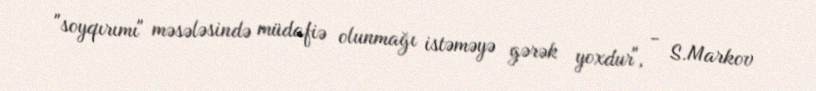
"soyqırımı" məsələsində müdafiə olunmağı istəməyə gərək yoxdur", - S.Markov